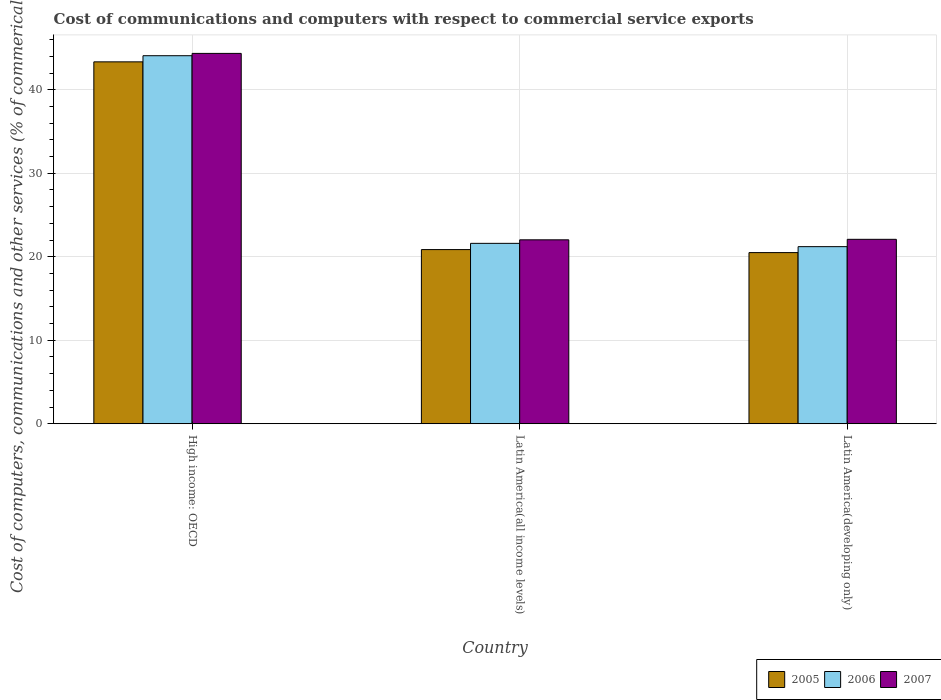
| Country | 2005 | 2006 | 2007 |
 | --- | --- | --- | --- |
 | High income: OECD | 43.3 | 44.1 | 44.4 |
 | Latin America(all income levels) | 20.9 | 21.6 | 22 |
 | Latin America(developing only) | 20.5 | 21.2 | 22.1 |